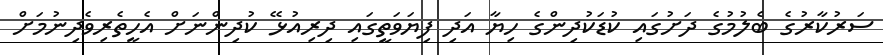
ސަރުކާރުގެ ބެލުމުގެ ދަށުގައި ކުޑަކުދިންގެ ހިޔާ އަދި ފިޔަވަތީގައި ދިރިއުޅޭ ކުދިންނަށް އެހީތެރިވެދިނުމަށް